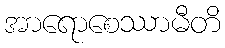
အာရောစေဿာမီတိ